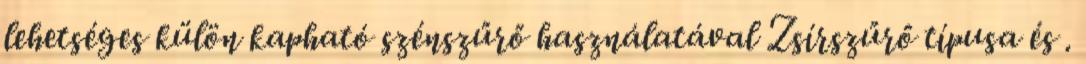
lehetséges külön kapható szénszűrő használatával Zsírszűrő típusa és .